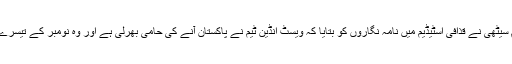
چیئرمین پی سی بی نجم سیٹھی نے قذافی اسٹیڈیم میں نامہ نگاروں کو بتایا کہ ویسٹ انڈین ٹیم نے پاکستان آنے کی حامی بھرلی ہے اور وہ نومبر کے تیسرے ہفتے پاکستان آئے گی۔